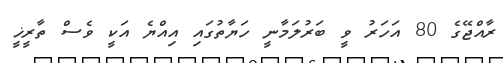
ރާއްޖޭގެ 80 އަހަރު ވީ ބަރުލަމާނީ ހަޔާތުގައި އިއްޔެ އަކީ ވެސް ތާރީޚީ